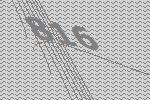
816